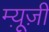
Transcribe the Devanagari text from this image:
म्यू़ज़ी